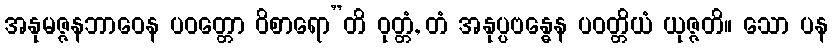
အနုမဇ္ဇနဘာဝေန ပဝတ္တော ဝိစာရော”တိ ဝုတ္တံ, တံ အနုပ္ပဗန္ဓေန ပဝတ္တိယံ ယုဇ္ဇတိ။ သော ပန